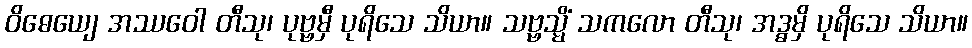
ဝိဓေယျေ အဿဝေါ တီသု၊ ပုဗ္ဗမှီ ပုရိသေ သိယာ။ သဗ္ဗသ္မိံ သကလော တီသု၊ အဒ္ဓမှိ ပုရိသေ သိယာ။